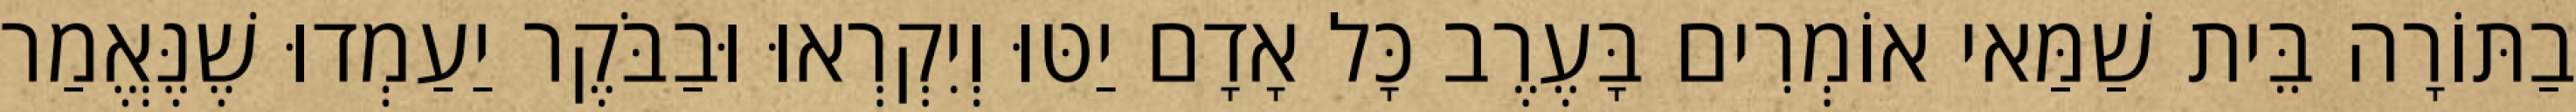
בַתּוֹרָה בֵּית שַׁמַּאי אוֹמְרִים בָּעֶרֶב כָּל אָדָם יַטּוּ וְיִקְרְאוּ וּבַבֹּקֶר יַעַמְדוּ שֶׁנֶּאֱמַר